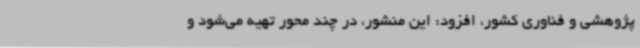
پژوهشی و فناوری کشور، افزود: این منشور، در چند محور تهیه می‌شود و